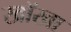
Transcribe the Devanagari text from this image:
खॉखा